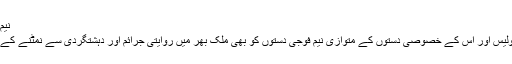
نیم فوجی دستوں کے کردار میں توسیع
جیسا کہ پہلے بیان کیا گیا ہے کہ پولیس اور اس کے خصوصی دستوں کے متوازی نیم فوجی دستوں کو بھی ملک بھر میں روایتی جرائم اور دہشتگردی سے نمٹنے کے لئے مسلسل تعینات کیا جا رہا ہے ۔